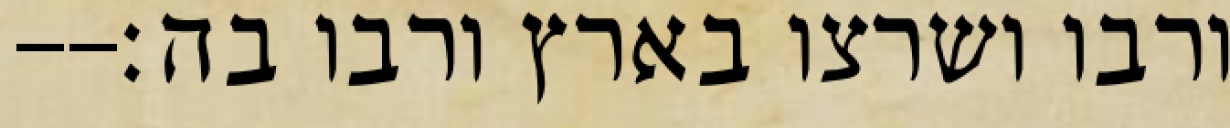
ורבו ושרצו בארץ ורבו בה׃--